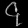
Digit: ၄